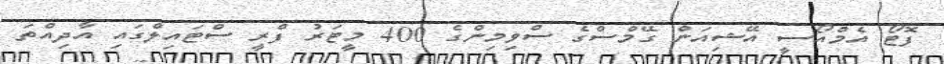
ފޮޓޯ އެމްއޯސީ އޭޝިއަން ގޭމްސްގެ ސްވިމިންގެ 400 މީޓަރު ފްރީ ސްޓައިލްގައި އާދިއްތަ